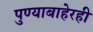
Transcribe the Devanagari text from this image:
पुण्याबाहेरही